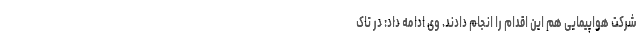
شرکت هواپیمایی‌ هم این اقدام را انجام دادند. وی ادامه داد: در تاک